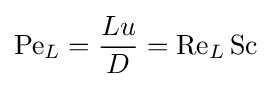
\mathrm {Pe} _{L}={\frac {Lu}{D}}=\mathrm {Re} _{L}\,\mathrm {Sc}